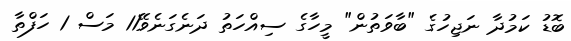
ބޮޑު ކަމުދާ ނަޖިހުގެ "ބާވަތުން" މީހާގެ ސިއްހަތު ދަނެގަނެވޭ11 މަސް 1 ހަފްތާ